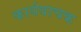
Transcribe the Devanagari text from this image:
कार्यवाचक